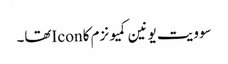
سوویت یونین کمیونزم کا Iconتھا۔